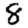
Digit: 8